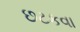
છટકવા